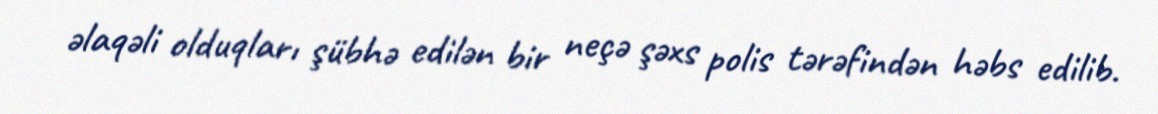
əlaqəli olduqları şübhə edilən bir neçə şəxs polis tərəfindən həbs edilib.